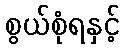
စွယ်စုံရနှင့်